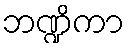
ဘဏ္ဍိကာ